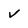
Character: v